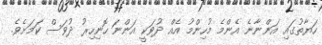
ހަޔާތުގައި އަންނާނެ އެންމެ މުހިންމު އެއް ދުވަކީ އަންނަ ހޮނިހިރު ދުވަސް ކަމަށެވެ.